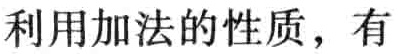
利用加法的性质，有